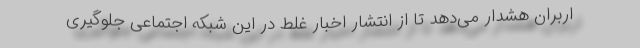
اربران هشدار می‌دهد تا از انتشار اخبار غلط در این شبکه اجتماعی جلوگیری